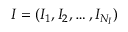
I = ( I _ { 1 } , I _ { 2 } , \ldots , I _ { N _ { I } } )